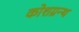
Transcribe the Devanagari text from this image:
कोशग्रन्थ